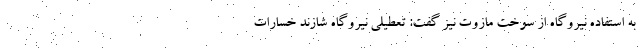
به استفاده نیروگاه از سوخت مازوت نیز گفت: تعطیلی نیروگاه شازند خسارات